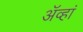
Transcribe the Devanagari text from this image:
अॅव्हां